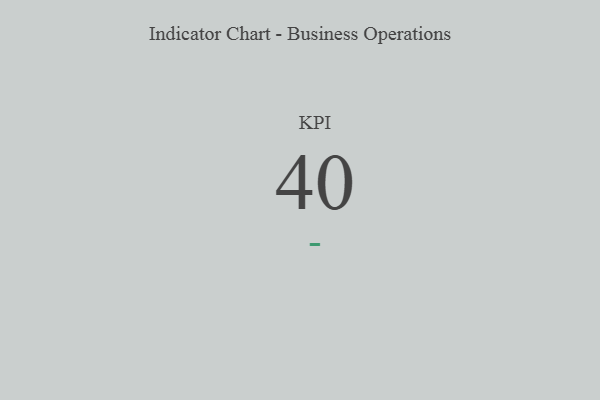
{"axis": {"x": "KPI", "y": "Value"}, "legend": [""], "data": [{"x": "KPI", "y": 40, "type": ""}]}